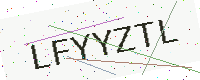
Text: LFYYZTL